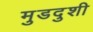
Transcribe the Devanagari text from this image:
मुडदुशी